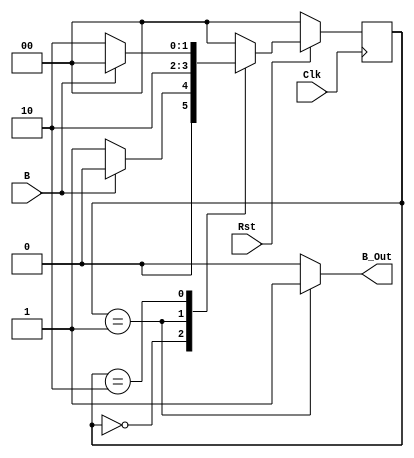
// ECE 5440/6370 
// Button Shaper Module
// Two procedure finite state machine implementation for button press
// Implements positive logic for button press, and output goes high
// for exactly one full clock cycle upon button press.
//
// Inputs: 
//      B: button in
//      Clk: Clock
//      Rst: Reset; When high, machine stops and goes to first state
//
// Outputs:
//      B_Out: Output signal for button press.


module buttonShaper(B, B_Out, Clk, Rst);

    input B;
    output B_Out;
    reg B_Out;
    input Clk, Rst;

    parameter State_Off = 0, State_On1 = 1,
            State_On2 = 2, State_On3 = 3;

    reg [1:0] State, StateNext;

    //Comb Logic
    always @ (State, B)
    begin
        case (State)
            State_Off:
            begin
                B_Out = 0;
                if (B == 1)
                begin
                    StateNext = State_Off;
                end
                else
                begin
                    StateNext = State_On1;
                end
            end
            State_On1:
            begin
                B_Out = 1;
                StateNext = State_On2;
            end
            State_On2:
            begin
                B_Out = 0;
                if (B == 0)
                begin
                    StateNext = State_On2;
                end
                else
                begin
                    StateNext = State_Off;
                end
            end
            default:
            begin
                B_Out = 0;
                StateNext = State_Off;
            end
        endcase
    end

    always @ (posedge Clk) 
    begin
        if (Rst == 0)
        begin
            State = State_Off;
        end
        else
        begin
            State = StateNext;
        end
    end
endmodule